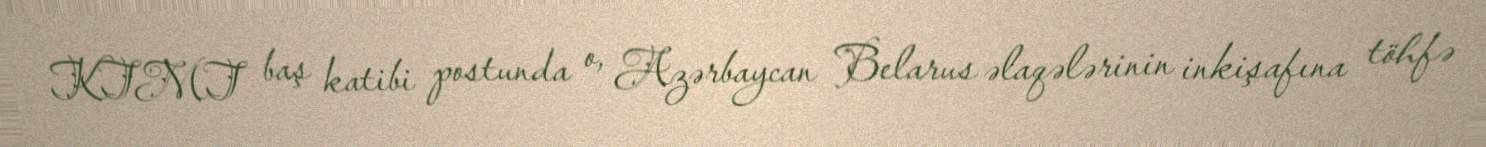
KTMT baş katibi postunda o, Azərbaycan Belarus əlaqələrinin inkişafına töhfə